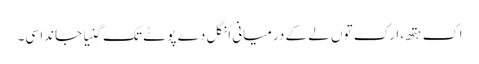
اک ہتھ، ارک توں لے کے درمیانی اُنگل دے پوٹے تک گِنیا جاندا سی۔